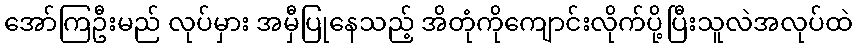
အော်ကြဦးမည် လုပ်မှား အမှီပြုနေသည့် အိတုံကိုကျောင်းလိုက်ပို့ပြီးသူလဲအလုပ်ထဲ